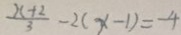
\frac { x + 2 } { 3 } - 2 ( x - 1 ) = - 4